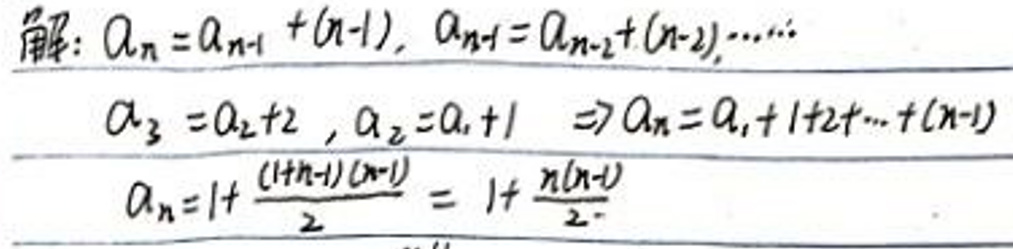
解：\(a_{n}=a_{n - 1}+(n - 1)\)，\(a_{n - 1}=a_{n - 2}+(n - 2)\)，\(\cdots\)

\(a_{3}=a_{2}+2\)，\(a_{2}=a_{1}+1\) \(\Rightarrow a_{n}=a_{1}+1 + 2+\cdots+(n - 1)\)

\(a_{n}=1+\frac{(1 + n - 1)(n - 1)}{2}=1+\frac{n(n - 1)}{2}\)